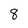
Character: 8